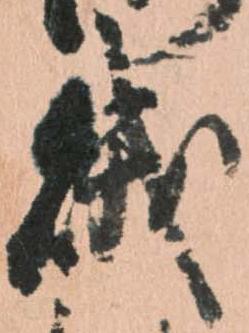
賊